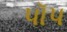
પૉપ